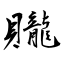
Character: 贚